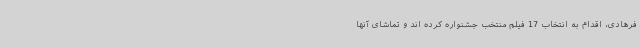
فرهادی، اقدام به انتخاب 17 فیلم منتخب جشنواره کرده اند و تماشای آنها